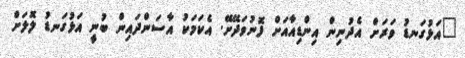
"އަޅުގަނޑު ވަރަށް އެެދުނިން އިންޑިއާއަށް ފޮނުވަދޭށޭ. އެކަމަކު އާސަންދައިން ބުނީ އަޅުގަނޑު ލޮލަށް